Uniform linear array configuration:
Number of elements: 48
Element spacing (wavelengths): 0.25
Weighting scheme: binomial
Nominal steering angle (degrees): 60
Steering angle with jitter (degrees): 61.331
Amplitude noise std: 0.05
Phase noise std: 0.05

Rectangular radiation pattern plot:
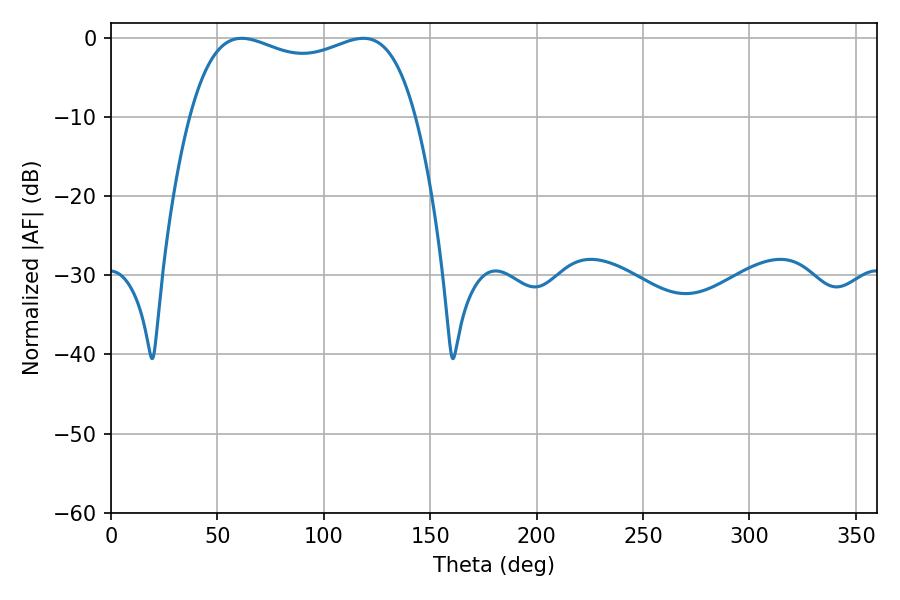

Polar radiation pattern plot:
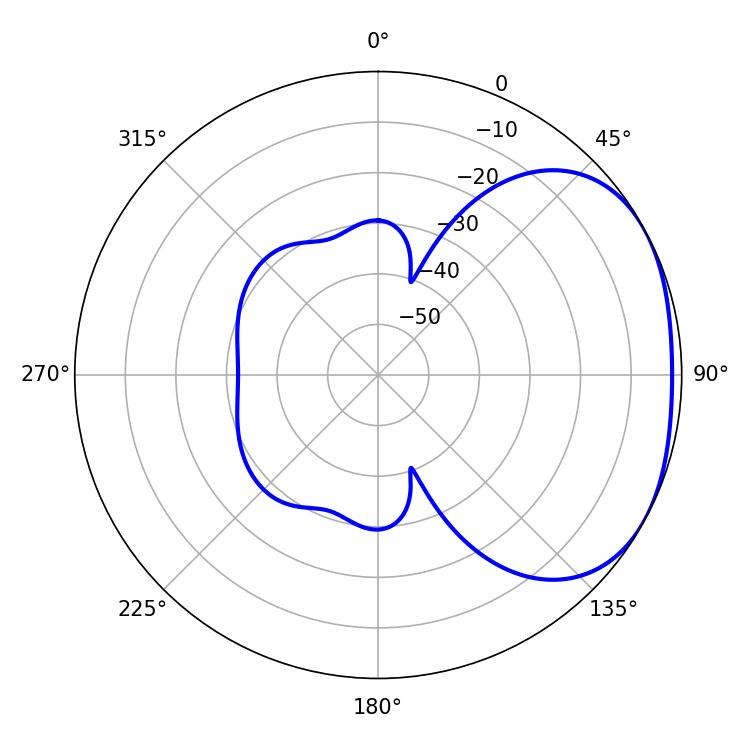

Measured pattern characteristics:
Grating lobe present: FALSE
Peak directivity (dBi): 2.288
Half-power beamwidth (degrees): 86.76
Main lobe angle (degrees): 61.38